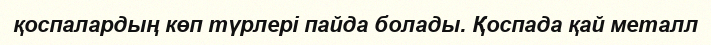
қоспалардың көп түрлері пайда болады. Қоспада қай металл